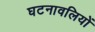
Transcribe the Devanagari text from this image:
घटनावलियों